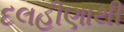
દલહીણાથી